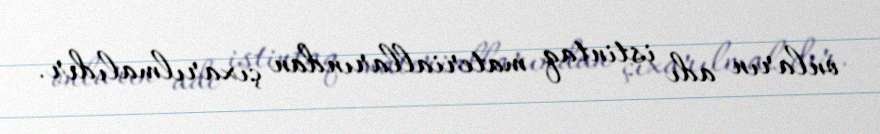
onların adı istintaq materiallarından çıxarılmalıdır.